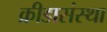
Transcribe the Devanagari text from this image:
क्रीडासंस्था